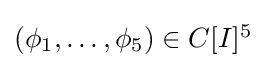
{\textstyle (\phi _{1},\dots ,\phi _{5})\in C[I]^{5}}